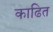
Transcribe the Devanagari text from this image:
काढित